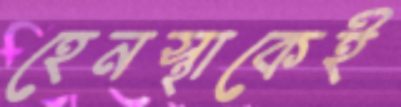
হেনস্থাকেই